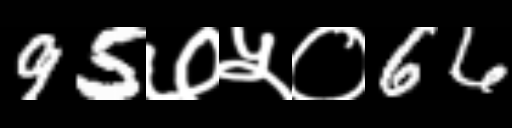
Text: 95७५०66